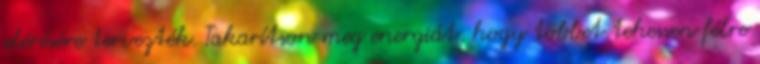
elérésére tervezték. Takarítson meg energiát, hogy többet tehessen félre